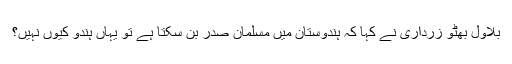
بلاول بھٹو زرداری نے کہا کہ ہندوستان میں مسلمان صدر بن سکتا ہے تو یہاں ہندو کیوں نہیں؟